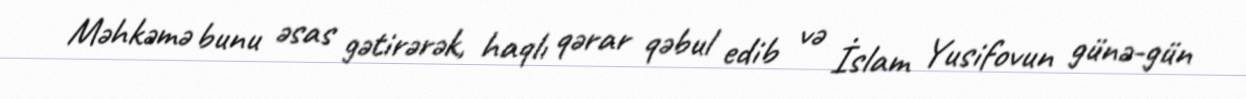
Məhkəmə bunu əsas gətirərək, haqlı qərar qəbul edib və İslam Yusifovun günə-gün